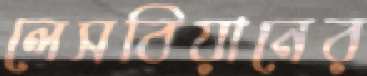
লেসবিয়ানের